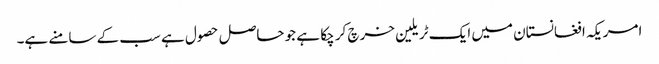
امریکہ افغانستان میں ایک ٹریلین خرچ کر چکا ہے جو حاصل حصول ہے سب کے سامنے ہے۔